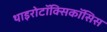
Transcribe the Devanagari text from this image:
थाइरोटॉक्सिकॉसिस